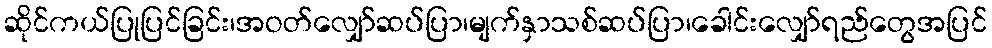
ဆိုင်ကယ်ပြုပြင်ခြင်း၊အဝတ်လျှော်ဆပ်ပြာ၊မျက်နှာသစ်ဆပ်ပြာ၊ခေါင်းလျှော်ရည်တွေအပြင်